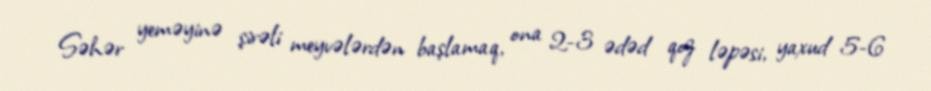
Səhər yeməyinə şirəli meyvələrdən başlamaq, ona 2-3 ədəd qoz ləpəsi, yaxud 5-6